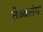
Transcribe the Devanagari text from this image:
तेब्बलंगा